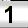
Digit: 1